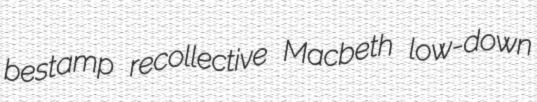
bestamp recollective Macbeth low-down